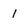
Character: 1